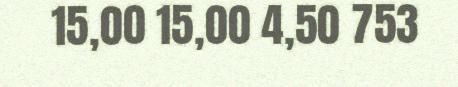
15,00 15,00 4,50 753